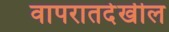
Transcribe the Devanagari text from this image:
वापरातदेखील